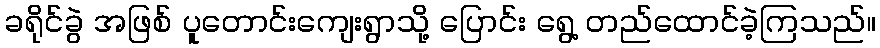
ခရိုင်ခွဲ အဖြစ် ပူတောင်းကျေးရွာသို့ ပြောင်း ရွေ့ တည်ထောင်ခဲ့ကြသည်။